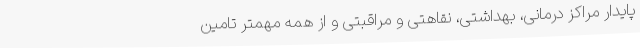
پایدار مراکز درمانی، بهداشتی، نقاهتی و مراقبتی و از همه مهمتر تامین